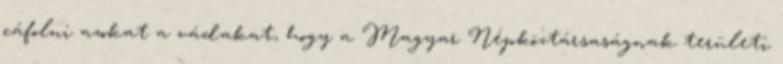
cáfolni azokat a vádakat, hogy a Magyar Népköztársaságnak területi